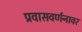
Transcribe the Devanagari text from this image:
प्रवासवर्णनावर